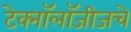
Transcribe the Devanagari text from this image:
टेक्नॉलॉजीजचे